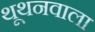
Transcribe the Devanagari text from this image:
थूथनवाला